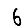
Digit: 6